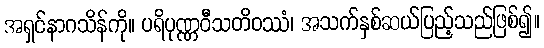
အရှင်နာဂသိန်ကို။ ပရိပုဏ္ဏဝီသတိဝဿံ၊ အသက်နှစ်ဆယ်ပြည့်သည်ဖြစ်၍။